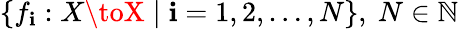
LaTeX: \{ f_{\mathbf{i}}:X\toX\mid\mathbf{i}=1,2,\dots,N\} ,\ N\in\mathbb{{N}}